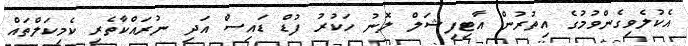
އެކުލެވިގެންވުމުގެ އިތުރުން އާޓިފިޝަލް ލޮނު ހަކުރު ފުޑް ޑައިސް އަދި ނުރައްކާތެރި ކެމިކަލްތައް